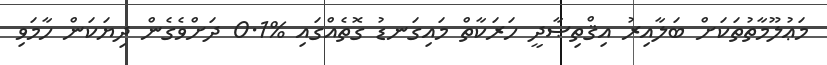
މަޢުލޫމާތުތަކަށް ބަލާއިރު އިޤްތިޞާދީ ހަރަކާތް މައިގަނޑު ގޮތެއްގައި %0.1 ދަށްވެގެން ދިޔަކަން ހާމަވި